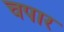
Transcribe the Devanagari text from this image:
चपार